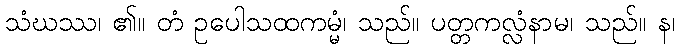
သံဃဿ၊ ၏။ တံ ဥပေါသထကမ္မံ၊ သည်။ ပတ္တကလ္လံနာမ၊ သည်။ န၊